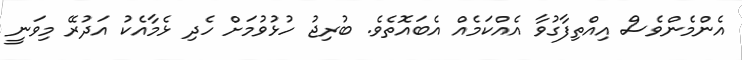
އެންމެންވެސް އިއްތިފާގުވާ އެއްކަމެއް އެބައޮތެވެ. ބުރިޖު ހުޅުވުމަށް ހެދި ޅެމާއެކު އަދުރޭ މިވަނީ